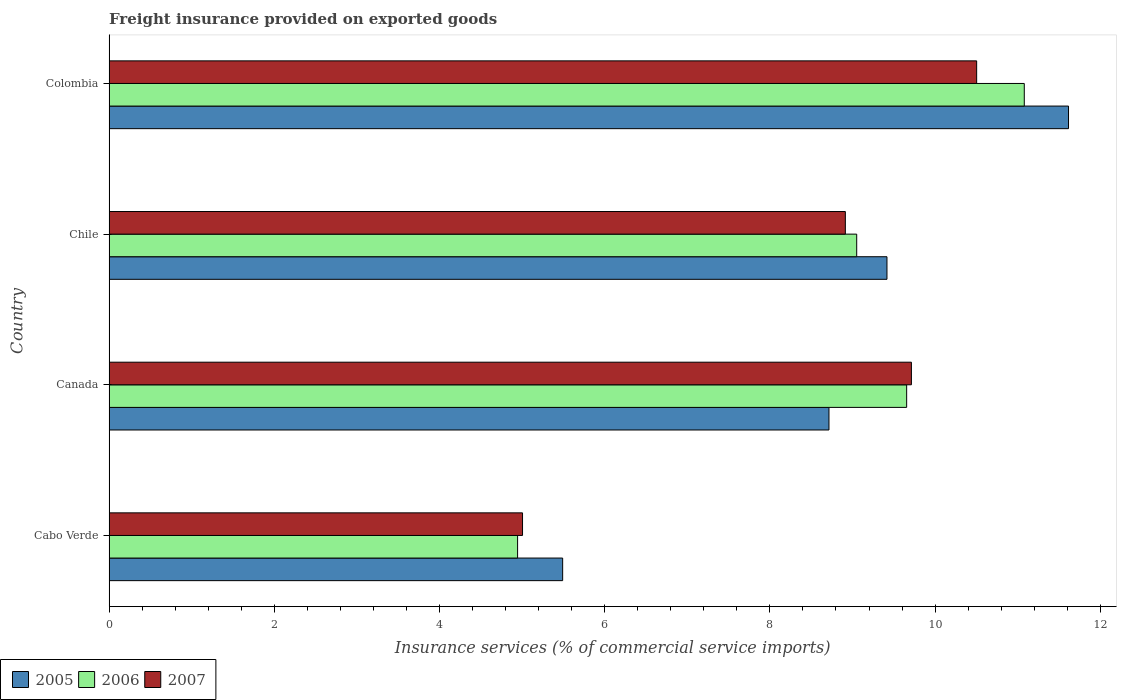
| Country | 2005 | 2006 | 2007 |
 | --- | --- | --- | --- |
 | Cabo Verde | 5.49 | 4.95 | 5.01 |
 | Canada | 8.72 | 9.66 | 9.71 |
 | Chile | 9.42 | 9.05 | 8.91 |
 | Colombia | 11.6 | 11.1 | 10.5 |